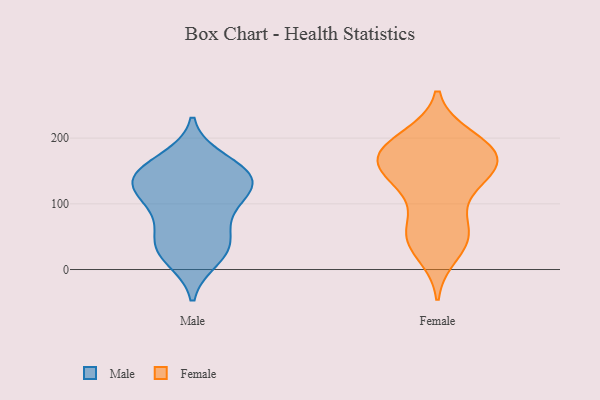
{"axis": {"x": "Temperature (°C)", "y": "Value"}, "legend": ["Female", "Male"], "data": [{"x": "", "y": 82, "type": "Male"}, {"x": "", "y": 100, "type": "Male"}, {"x": "", "y": 42, "type": "Male"}, {"x": "", "y": 115, "type": "Male"}, {"x": "", "y": 130, "type": "Male"}, {"x": "", "y": 35, "type": "Male"}, {"x": "", "y": 148, "type": "Male"}, {"x": "", "y": 34, "type": "Male"}, {"x": "", "y": 18, "type": "Male"}, {"x": "", "y": 134, "type": "Male"}, {"x": "", "y": 143, "type": "Male"}, {"x": "", "y": 142, "type": "Male"}, {"x": "", "y": 166, "type": "Male"}, {"x": "", "y": 177, "type": "Female"}, {"x": "", "y": 154, "type": "Female"}, {"x": "", "y": 141, "type": "Female"}, {"x": "", "y": 132, "type": "Female"}, {"x": "", "y": 175, "type": "Female"}, {"x": "", "y": 52, "type": "Female"}, {"x": "", "y": 168, "type": "Female"}, {"x": "", "y": 52, "type": "Female"}, {"x": "", "y": 200, "type": "Female"}, {"x": "", "y": 25, "type": "Female"}, {"x": "", "y": 194, "type": "Female"}, {"x": "", "y": 52, "type": "Female"}, {"x": "", "y": 57, "type": "Female"}, {"x": "", "y": 158, "type": "Female"}, {"x": "", "y": 186, "type": "Female"}, {"x": "", "y": 168, "type": "Female"}, {"x": "", "y": 114, "type": "Female"}]}